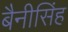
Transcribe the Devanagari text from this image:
बैनीसिंह